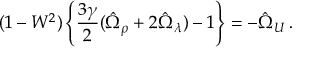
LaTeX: ( 1 - W ^ { 2 } ) \left\{ \frac { 3 \gamma } { 2 } ( \hat { \Omega } _ { \rho } + 2 \hat { \Omega } _ { \lambda } ) - 1 \right\} = - \hat { \Omega } _ { \cal U } \, .